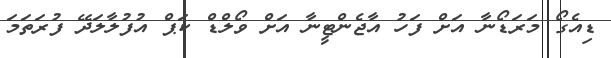
ޑިއެގޯ މަރަޑޯނާ އަށް ފަހު އާޖެންޓީނާ އަށް ވޯލްޑް ކަޕް އުފުލާލަދޭ ފުރަތަމަ